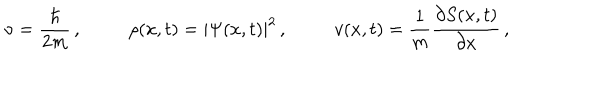
LaTeX: \nu = \frac { \hbar } { 2 m } \, , \rho ( x , t ) = | \Psi ( x , t ) | ^ { 2 } \, , v ( x , t ) = \frac { 1 } { m } \frac { \partial S ( x , t ) } { \partial x } \, ,